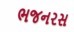
ભજનરસ